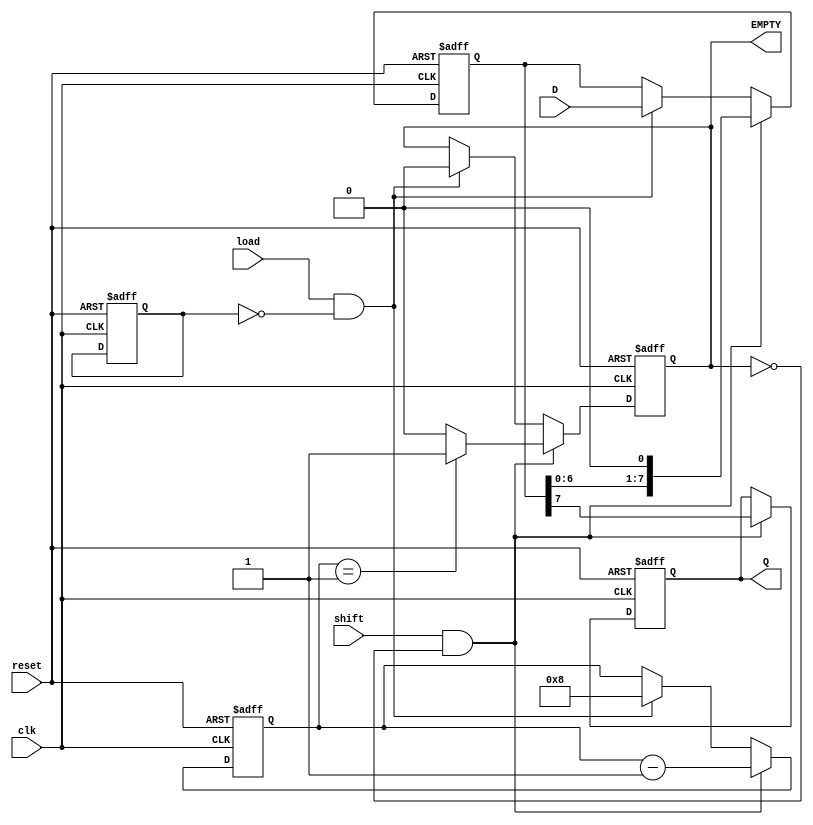
module fifo_piso #(
    parameter WIDTH = 8 // Width of the parallel input
) (
    input wire clk,           // Clock signal
    input wire reset,         // Asynchronous reset
    input wire load,          // Load signal
    input wire shift,         // Shift signal
    input wire [WIDTH-1:0] D, // Parallel data input
    output reg Q,             // Serial output
    output reg EMPTY          // Empty flag
);

    reg [WIDTH-1:0] shift_reg; // Shift register to hold the data
    reg [3:0] bit_count;        // Counter to track the number of bits loaded
    reg shifting;               // State to track if shifting is in progress

    // Asynchronous reset
    always @(posedge clk or posedge reset) begin
        if (reset) begin
            shift_reg <= 0;
            Q <= 0;
            EMPTY <= 1;
            bit_count <= 0;
            shifting <= 0;
        end else begin
            if (load && !shifting) begin
                // Load data into shift register
                shift_reg <= D;
                bit_count <= WIDTH;
                EMPTY <= 0; // Data is loaded, FIFO is not empty
            end

            if (shift && !EMPTY) begin
                // Shift data out serially
                Q <= shift_reg[WIDTH-1]; // Output the MSB (shift out)
                shift_reg <= {shift_reg[WIDTH-2:0], 1'b0}; // Shift left
                bit_count <= bit_count - 1;

                // Update EMPTY flag
                if (bit_count == 1) begin
                    EMPTY <= 1; // Last bit shifted out
                end else begin
                    EMPTY <= 0; // More bits to shift out
                end
            end
        end
    end

endmodule